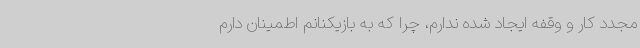
مجدد کار و وقفه ایجاد شده ندارم، چرا که به بازیکنانم اطمینان دارم